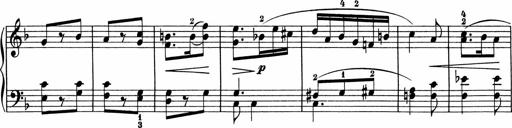
Title: 5 Sonatinen fÃ¼r die Jugend
Composer: Carl Reinecke